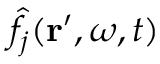
\hat { f } _ { j } ( \mathbf { r } ^ { \prime } , \omega , t )